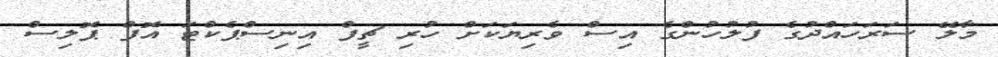
މާލޭ ސަރަހައްދުގެ ފުލުހުންގެ އިސް ވެރިޔަކަށް ހުރި ޗީފް އިނިސްޕެކްޓަ އޮފް ޕޮލިސް